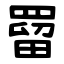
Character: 罶